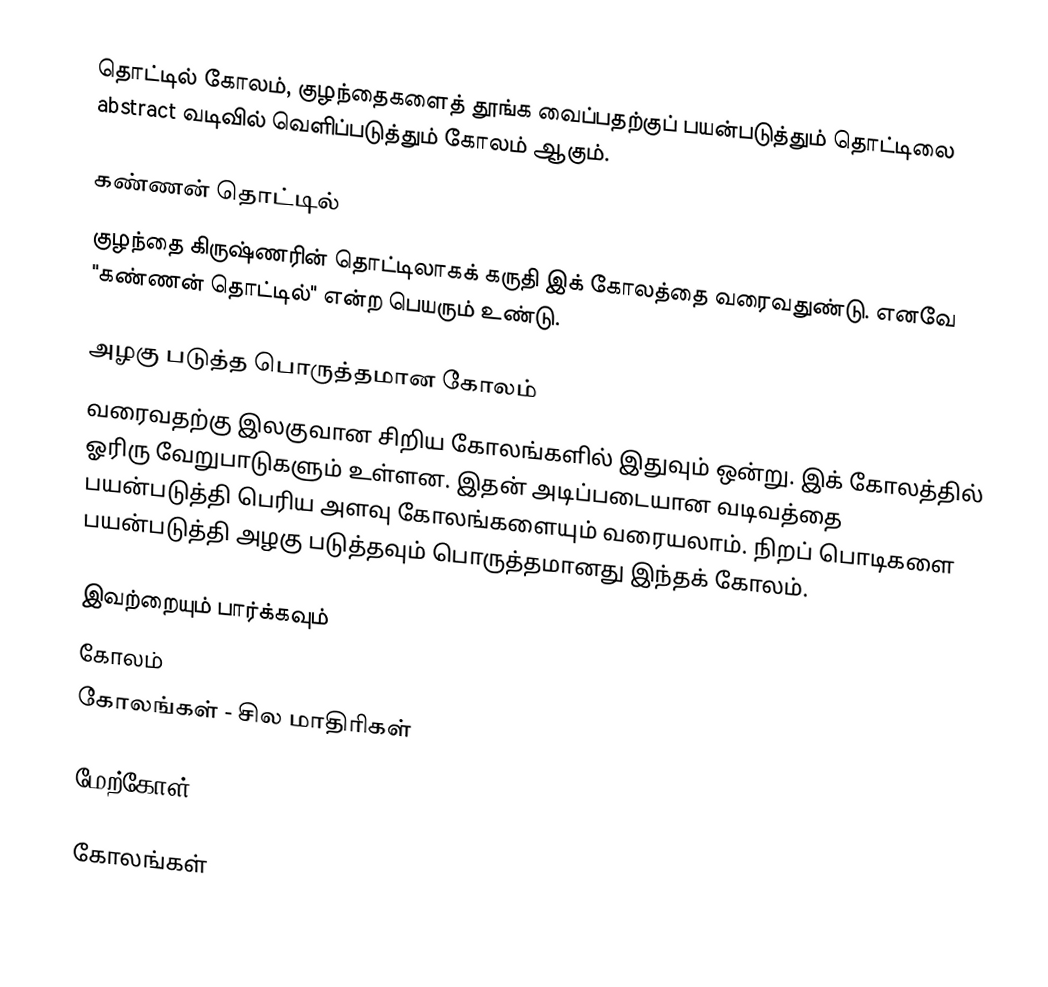
தொட்டில் கோலம், குழந்தைகளைத் தூங்க வைப்பதற்குப் பயன்படுத்தும் தொட்டிலை abstract வடிவில் வெளிப்படுத்தும் கோலம் ஆகும்.

கண்ணன் தொட்டில்
குழந்தை கிருஷ்ணரின் தொட்டிலாகக் கருதி இக் கோலத்தை வரைவதுண்டு. எனவே "கண்ணன் தொட்டில்" என்ற பெயரும் உண்டு.

அழகு படுத்த பொருத்தமான கோலம்
வரைவதற்கு இலகுவான சிறிய கோலங்களில் இதுவும் ஒன்று. இக் கோலத்தில் ஓரிரு வேறுபாடுகளும் உள்ளன. இதன் அடிப்படையான வடிவத்தை பயன்படுத்தி பெரிய அளவு கோலங்களையும் வரையலாம். நிறப் பொடிகளை பயன்படுத்தி அழகு படுத்தவும் பொருத்தமானது இந்தக் கோலம்.

இவற்றையும் பார்க்கவும்
 கோலம்
 கோலங்கள் - சில மாதிரிகள்

மேற்கோள்

கோலங்கள்